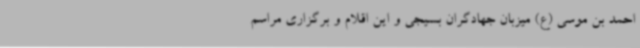
احمد بن موسی (ع) میزبان جهادگران بسیجی و این اقلام و برگزاری مراسم